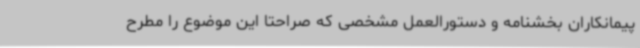
پیمانکاران بخشنامه و دستورالعمل مشخصی که صراحتا این موضوع را مطرح